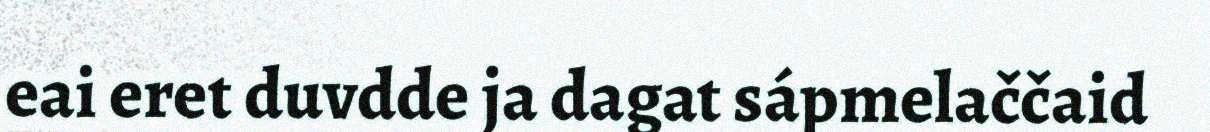
eai eret duvdde ja dagat sápmelaččaid